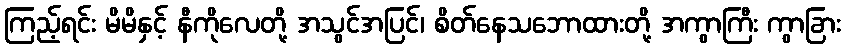
ကြည့်ရင်း မိမိနှင့် နီကိုလေတို့ အသွင်အပြင်၊ စိတ်နေသဘောထားတို့ အကွာကြီး ကွာခြား